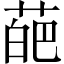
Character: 葩